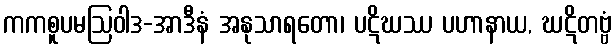
ကကစူပမဩဝါဒ-အာဒီနံ အနုသာရတော၊ ပဋိဃဿ ပဟာနာယ, ဃဋိတဗ္ဗံ